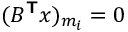
( B ^ { \boldsymbol { \mathsf { T } } } \boldsymbol { x } ) _ { m _ { i } } = 0